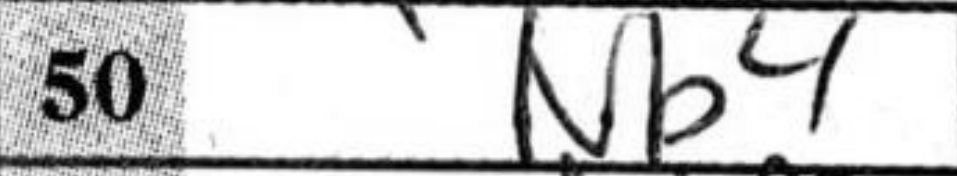
Transcription: Nb4